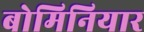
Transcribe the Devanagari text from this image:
बोमिनियार